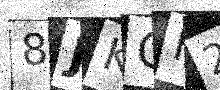
Text: 8JKGF2